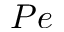
P e